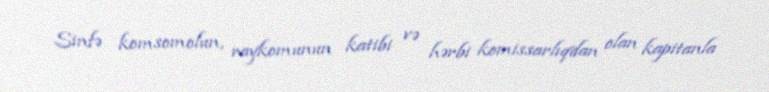
Sinfə komsomolun, raykomunun katibi və hərbi komissarlıqdan olan kapitanla